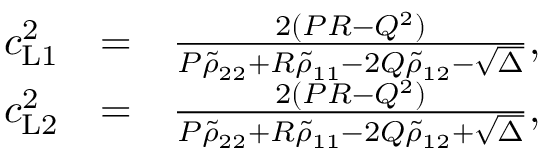
\begin{array} { r l r } { c _ { \mathrm { L 1 } } ^ { 2 } } & { = } & { \frac { 2 ( P R - Q ^ { 2 } ) } { P \tilde { \rho } _ { 2 2 } + R \tilde { \rho } _ { 1 1 } - 2 Q \tilde { \rho } _ { 1 2 } - \sqrt { \Delta } } , } \\ { c _ { \mathrm { L 2 } } ^ { 2 } } & { = } & { \frac { 2 ( P R - Q ^ { 2 } ) } { P \tilde { \rho } _ { 2 2 } + R \tilde { \rho } _ { 1 1 } - 2 Q \tilde { \rho } _ { 1 2 } + \sqrt { \Delta } } , } \end{array}